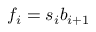
f _ { i } = s _ { i } b _ { i + 1 }